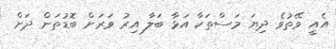
އެއީ ވޭތުވެ ދިޔަ މަސްތަކާ އަޅާ ބަލާ އިރު ވަރަށް ބޮޑުތަން ދަށް